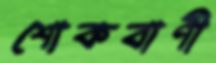
শোকবাণী